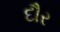
દૌર